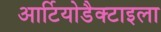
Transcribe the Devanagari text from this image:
आर्टियोडैक्टाइला